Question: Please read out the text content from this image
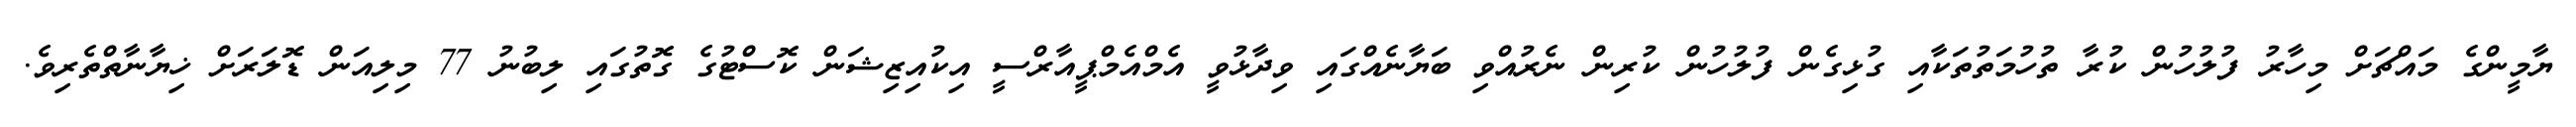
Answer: ޔާމީންގެ މައްޗަށް މިހާރު ފުލުހުން ކުރާ ތުހުމަތުތަކާއި ގުޅިގެން ފުލުހުން ކުރިން ނެރުއްވި ބަޔާނެއްގައި ވިދާޅުވީ އެމްއެމްޕީއާރްސީ އިކުއިޒިޝަން ކޮސްޓުގެ ގޮތުގައި ލިބުނު 77 މިލިއަން ޑޮލަރަށް ޚިޔާނާތްތެރިވެ.